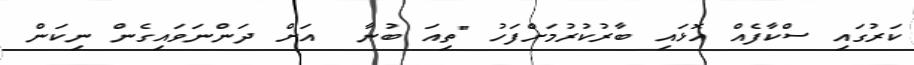
ކަރުގައި ސްކާފެއް އޮޅައި ބާރުކުރުމަށްފަހު "ތިއަ ބުނާ  އަށް ދަންނަވައިގެން ނިކަން